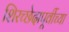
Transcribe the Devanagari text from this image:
शिरच्छेदापूर्वीच्या